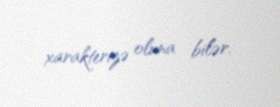
xarakterizə oluna bilər.